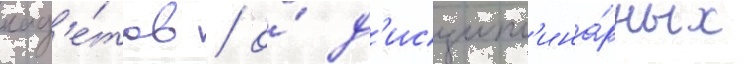
кад'е́тов / о́ д'исципл'ина́рных